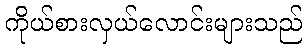
ကိုယ်စားလှယ်လောင်းများသည်